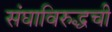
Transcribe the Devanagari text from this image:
संघाविरुद्धची